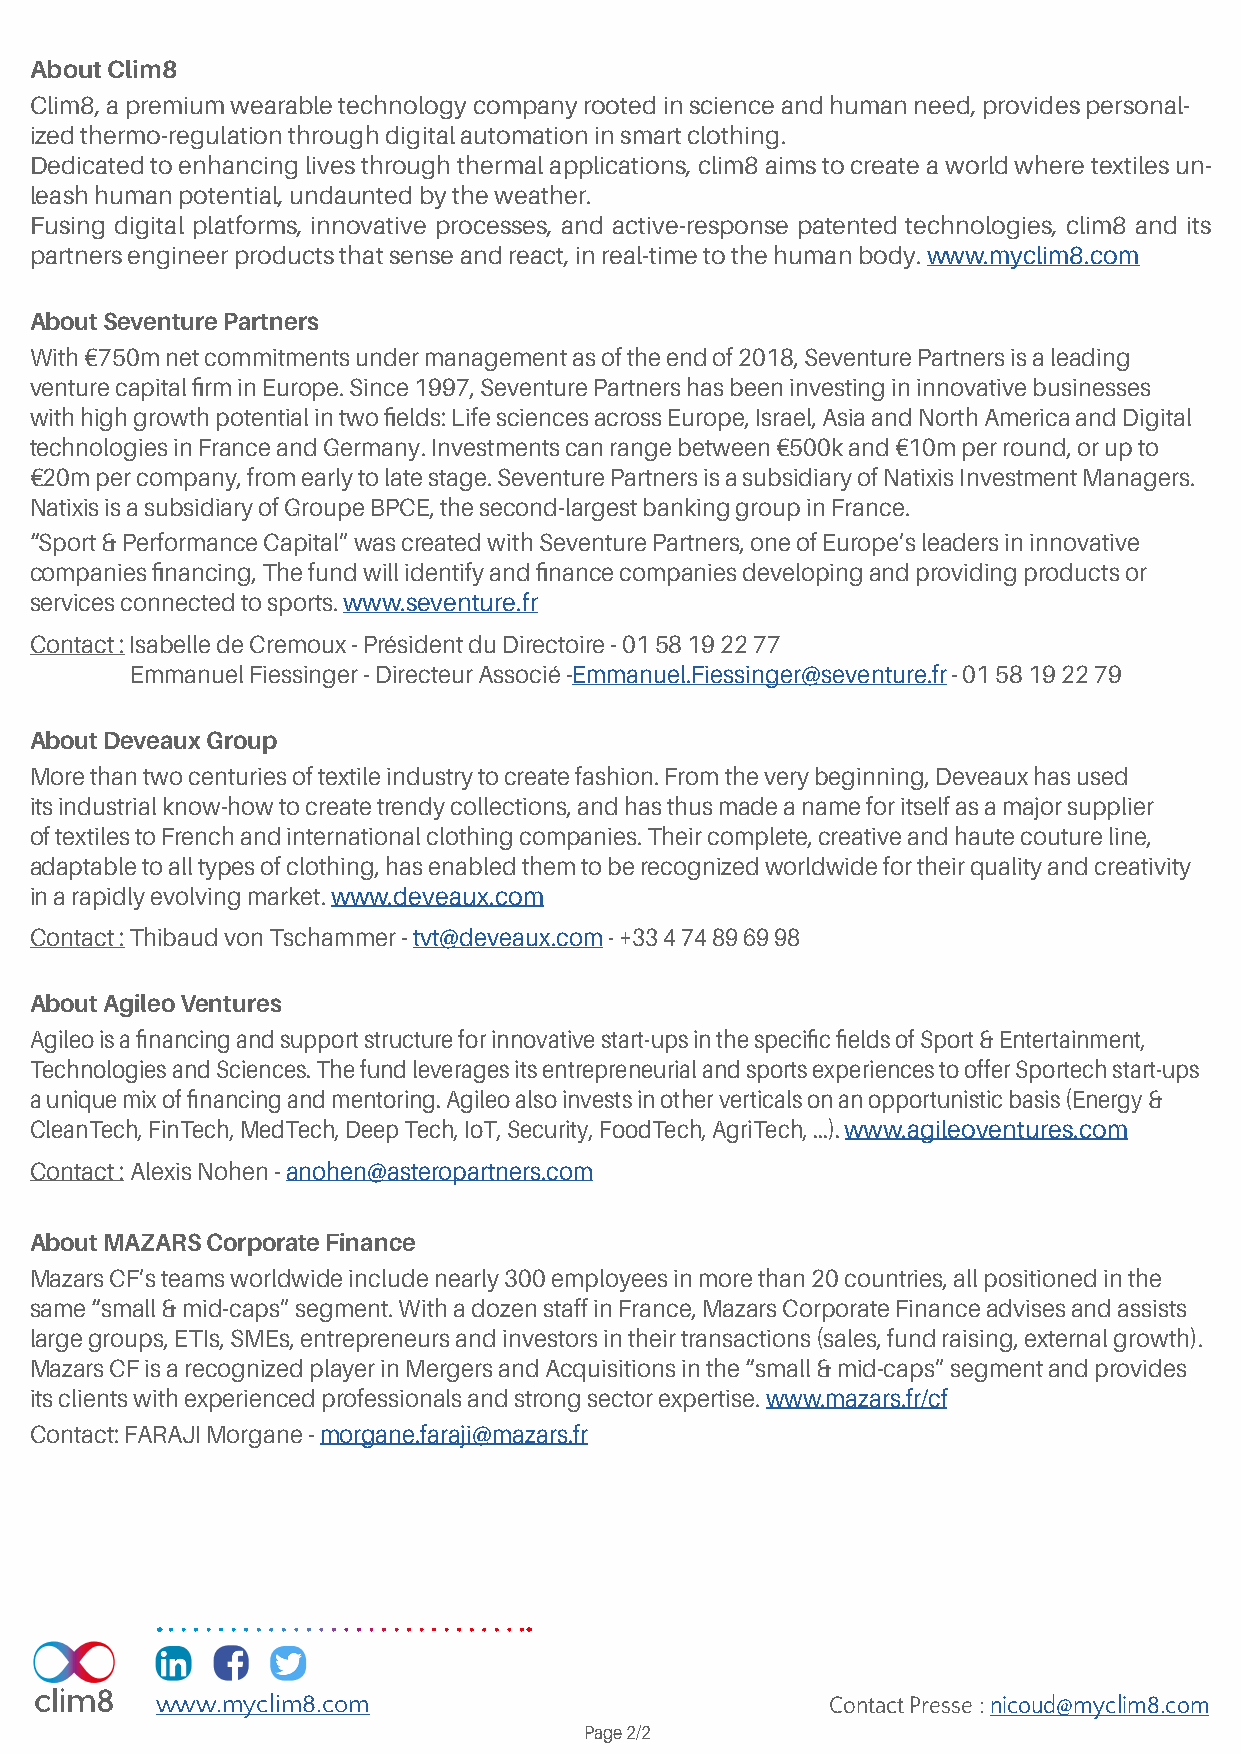
About Clim8
 Clim8, a premium wearable technology company rooted in science and human need, provides personal-
 ized thermo-regulation through digital automation in smart clothing.
 Dedicated to enhancing lives through thermal applications, clim8 aims to create a world where textiles un-
 leash human potential, undaunted by the weather.
 Fusing digital platforms, innovative processes, and active-response patented technologies, clim8 and its
 partners engineer products that sense and react, in real-time to the human body. www.myclim8.com
 About Seventure Partners
 With €750m net commitments under management as of the end of 2018, Seventure Partners is a leading
 venture capital firm in Europe. Since 1997, Seventure Partners has been investing in innovative businesses
 with high growth potential in two fields: Life sciences across Europe, Israel, Asia and North America and Digital
 technologies in France and Germany. Investments can range between €500k and €10m per round, or up to
 €20m per company, from early to late stage. Seventure Partners is a subsidiary of Natixis Investment Managers.
 Natixis is a subsidiary of Groupe BPCE, the second-largest banking group in France.
 “Sport & Performance Capital” was created with Seventure Partners, one of Europe’s leaders in innovative
 companies financing, The fund will identify and finance companies developing and providing products or
 services connected to sports. www.seventure.fr
 Contact : Isabelle de Cremoux - Président du Directoire - 01 58 19 22 77
 Emmanuel Fiessinger - Directeur Associé -Emmanuel.Fiessinger@seventure.fr - 01 58 19 22 79
 About Deveaux Group
 More than two centuries of textile industry to create fashion. From the very beginning, Deveaux has used
 its industrial know-how to create trendy collections, and has thus made a name for itself as a major supplier
 of textiles to French and international clothing companies. Their complete, creative and haute couture line,
 adaptable to all types of clothing, has enabled them to be recognized worldwide for their quality and creativity
 in a rapidly evolving market. www.deveaux.com
 Contact : Thibaud von Tschammer - tvt@deveaux.com - +33 4 74 89 69 98
 About Agileo Ventures
 Agileo is a financing and support structure for innovative start-ups in the specific fields of Sport & Entertainment,
 Technologies and Sciences. The fund leverages its entrepreneurial and sports experiences to offer Sportech start-ups
 a unique mix of financing and mentoring. Agileo also invests in other verticals on an opportunistic basis (Energy &
 CleanTech, FinTech, MedTech, Deep Tech, IoT, Security, FoodTech, AgriTech, ...). www.agileoventures.com
 Contact : Alexis Nohen - anohen@asteropartners.com
 About MAZARS Corporate Finance
 Mazars CF’s teams worldwide include nearly 300 employees in more than 20 countries, all positioned in the
 same “small & mid-caps” segment. With a dozen staff in France, Mazars Corporate Finance advises and assists
 large groups, ETIs, SMEs, entrepreneurs and investors in their transactions (sales, fund raising, external growth).
 Mazars CF is a recognized player in Mergers and Acquisitions in the “small & mid-caps” segment and provides
 its clients with experienced professionals and strong sector expertise. www.mazars.fr/cf
 Contact: FARAJI Morgane - morgane.faraji@mazars.fr
 www.myclim8.com                              Contact Presse : nicoud@myclim8.com
 Page 2/2